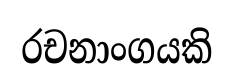
රචනාංගයකි